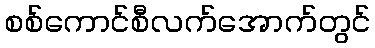
စစ်ကောင်စီလက်အောက်တွင်